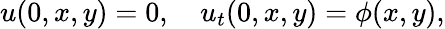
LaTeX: u(0,x,y)=0,\quad u_{t}(0,x,y)=\phi(x,y),